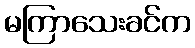
မကြာသေးခင်က